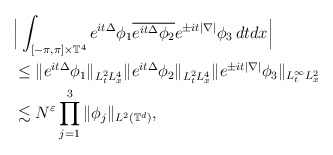
\begin{align*}& \Big|\int_{[- \pi, \pi] \times \mathbb{T}^4} e^{ it\Delta } \phi_1 \overline{e^{it\Delta}\phi_2} e^{\pm i t |\nabla|} \phi_3\, dtdx\Big|\\& \leq \|e^{ it\Delta } \phi_1 \|_{L_t^2 L_x^4} \|e^{ it\Delta } \phi_2 \|_{L_t^2 L_x^4} \|e^{\pm i t |\nabla|} \phi_3 \|_{L_t^{\infty} L_x^2}\\& \lesssim N^{\varepsilon} \prod_{j=1}^3 \| \phi_j \|_{L^2(\mathbb{T}^d)},\end{align*}